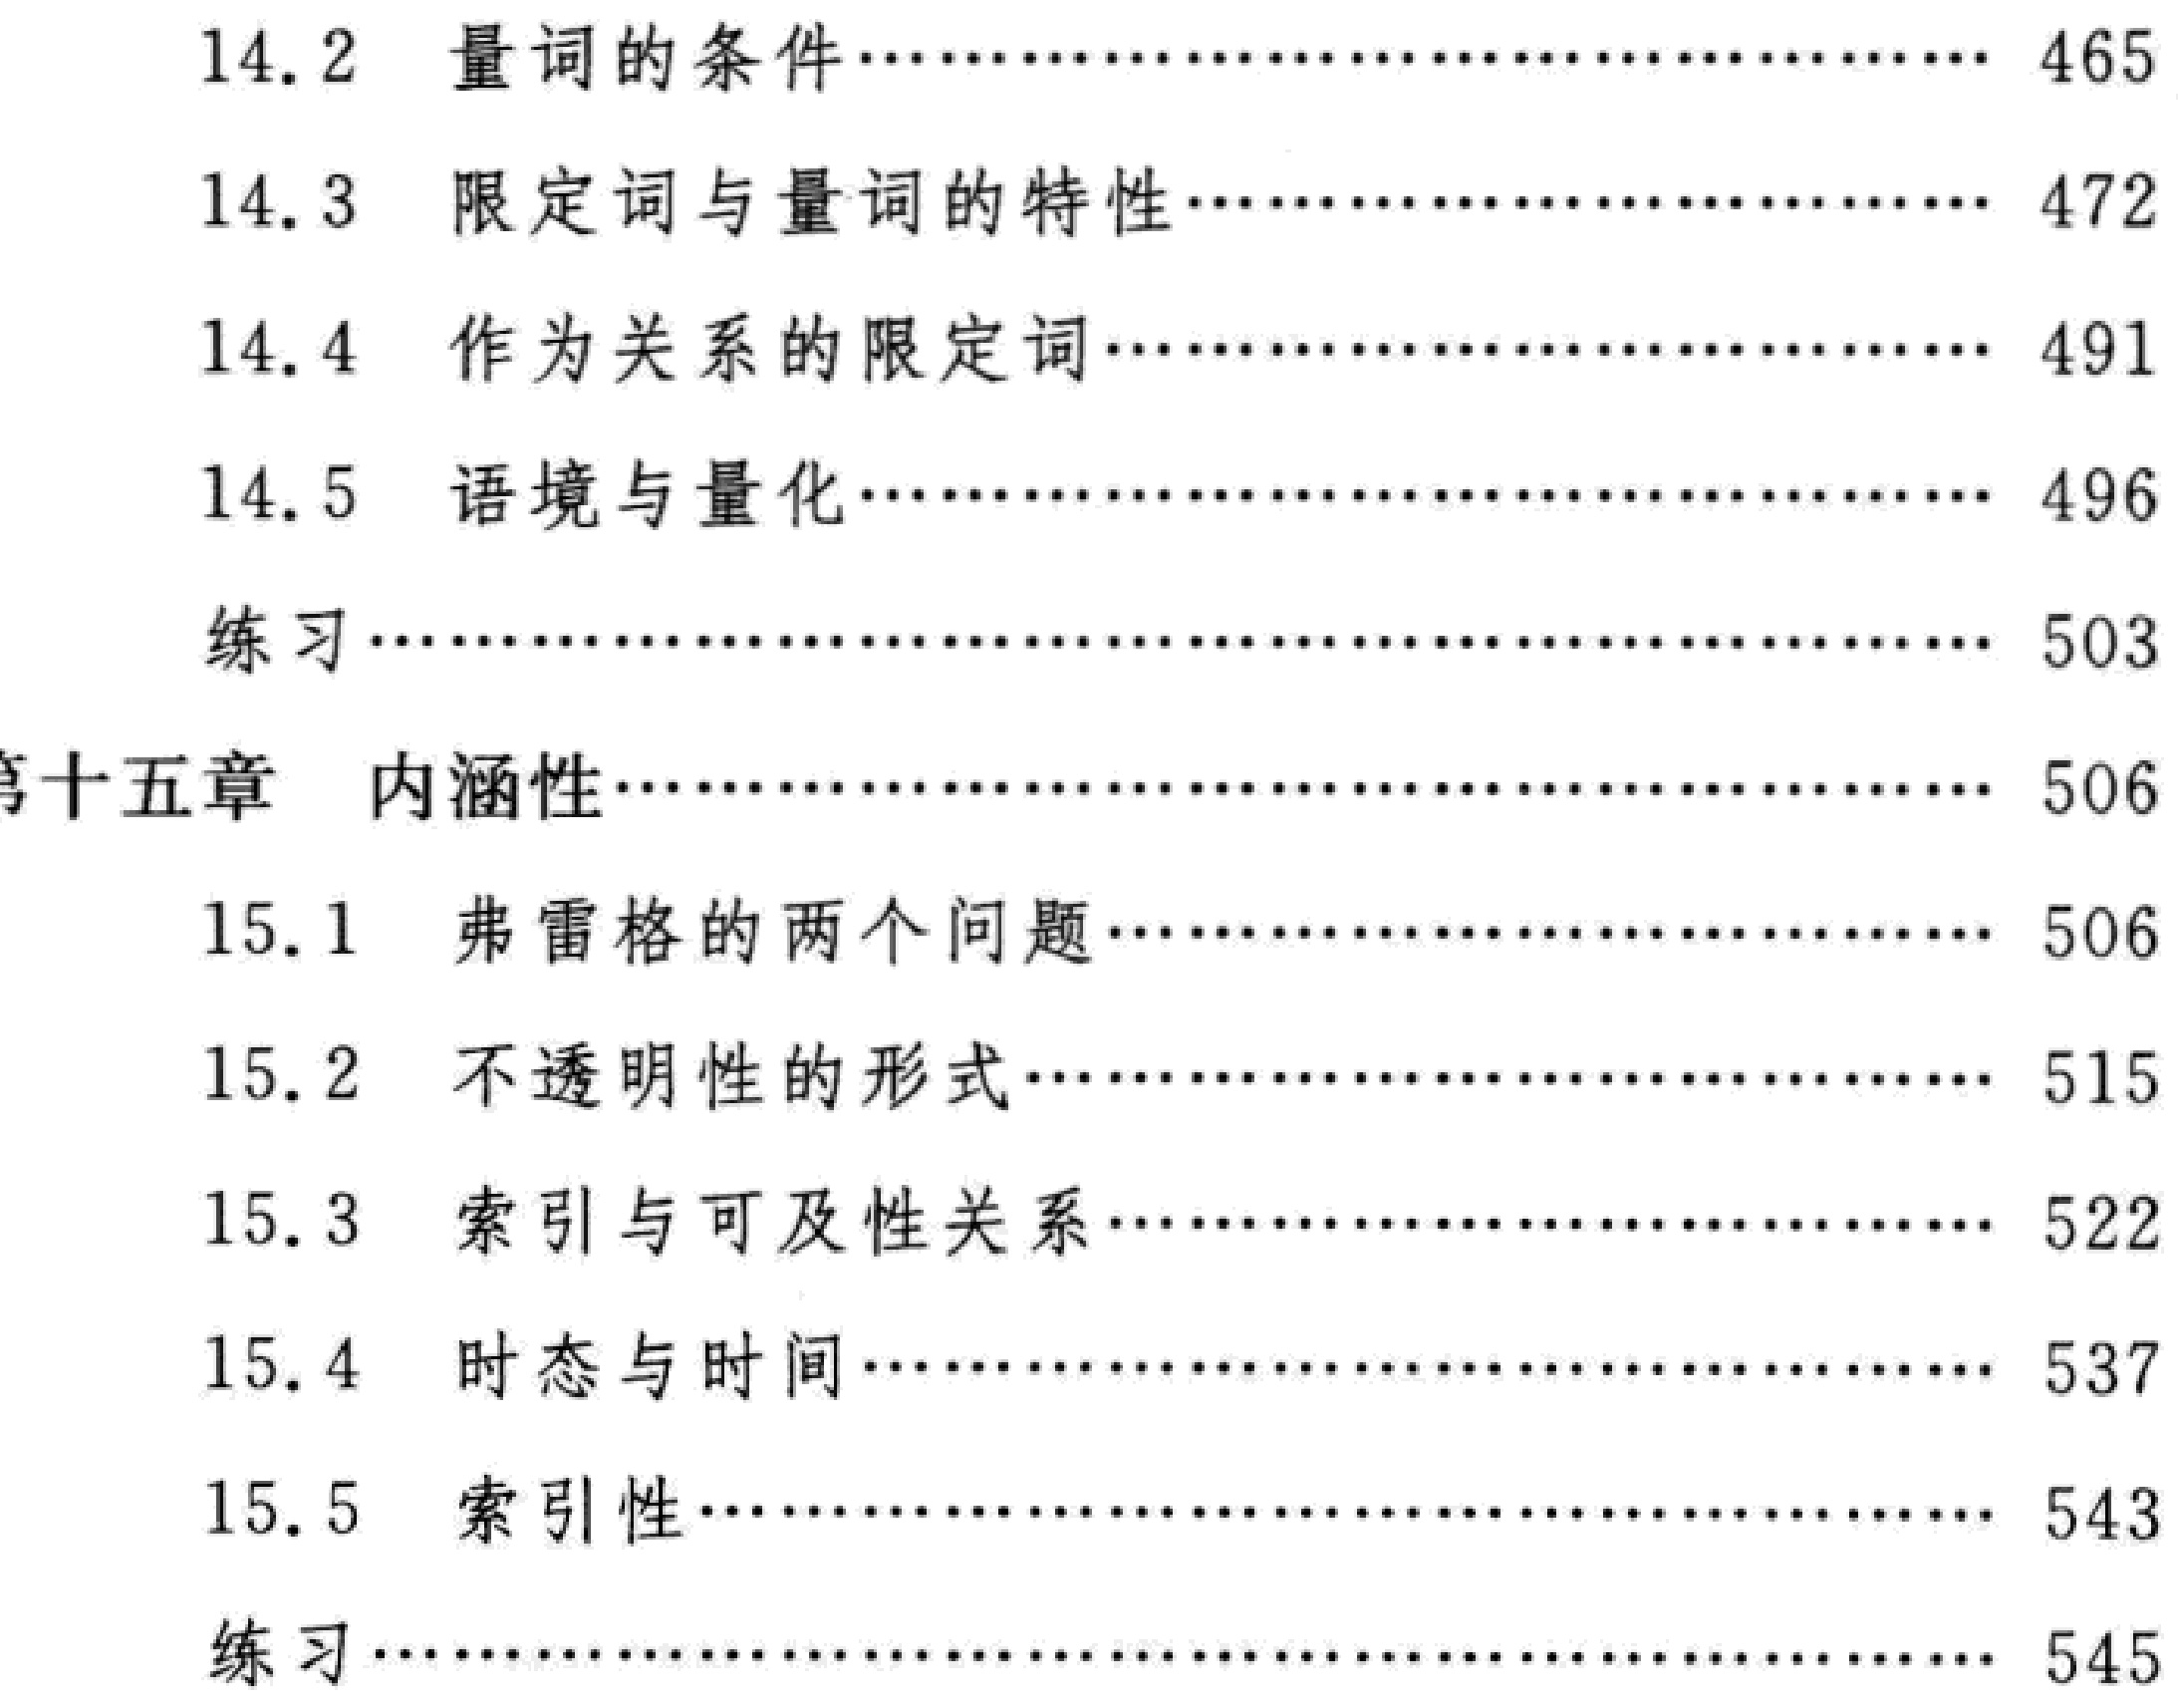
14.2 量词的条件...................................... 465

14.3 限定词与量词的特性................................. 472

14.4 作为关系的限定词.................................. 491

14.5 语境与量化...................................... 496

练习.............................................. 503

第十五章 内涵性.......................................... 506

15.1 弗雷格的两个问题.................................. 506

15.2 不透明性的形式.................................. 515

15.3 索引与可及性关系................................ 522

15.4 时态与时间...................................... 537

15.5 索引性.......................................... 543

练习.............................................. 545